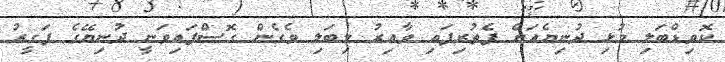
ކޮވިޑްބަލި މުޅި ދުނިޔެއަށް ފެތުރިފައި ވާއިރު މިބަލި ވެގެން ގޮސްފައިވަނީ ދުނިޔޭގެ ފަގީރު